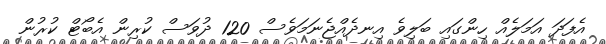
އެފަދަ އަމަލެއް ހިންގައި ބަލިވެ އިނދެއްޖެނަމަވެސް 120 ދުވަސް ކުރިން އެބޯޓް ކުރުން